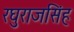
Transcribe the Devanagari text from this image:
रघुराजसिंह